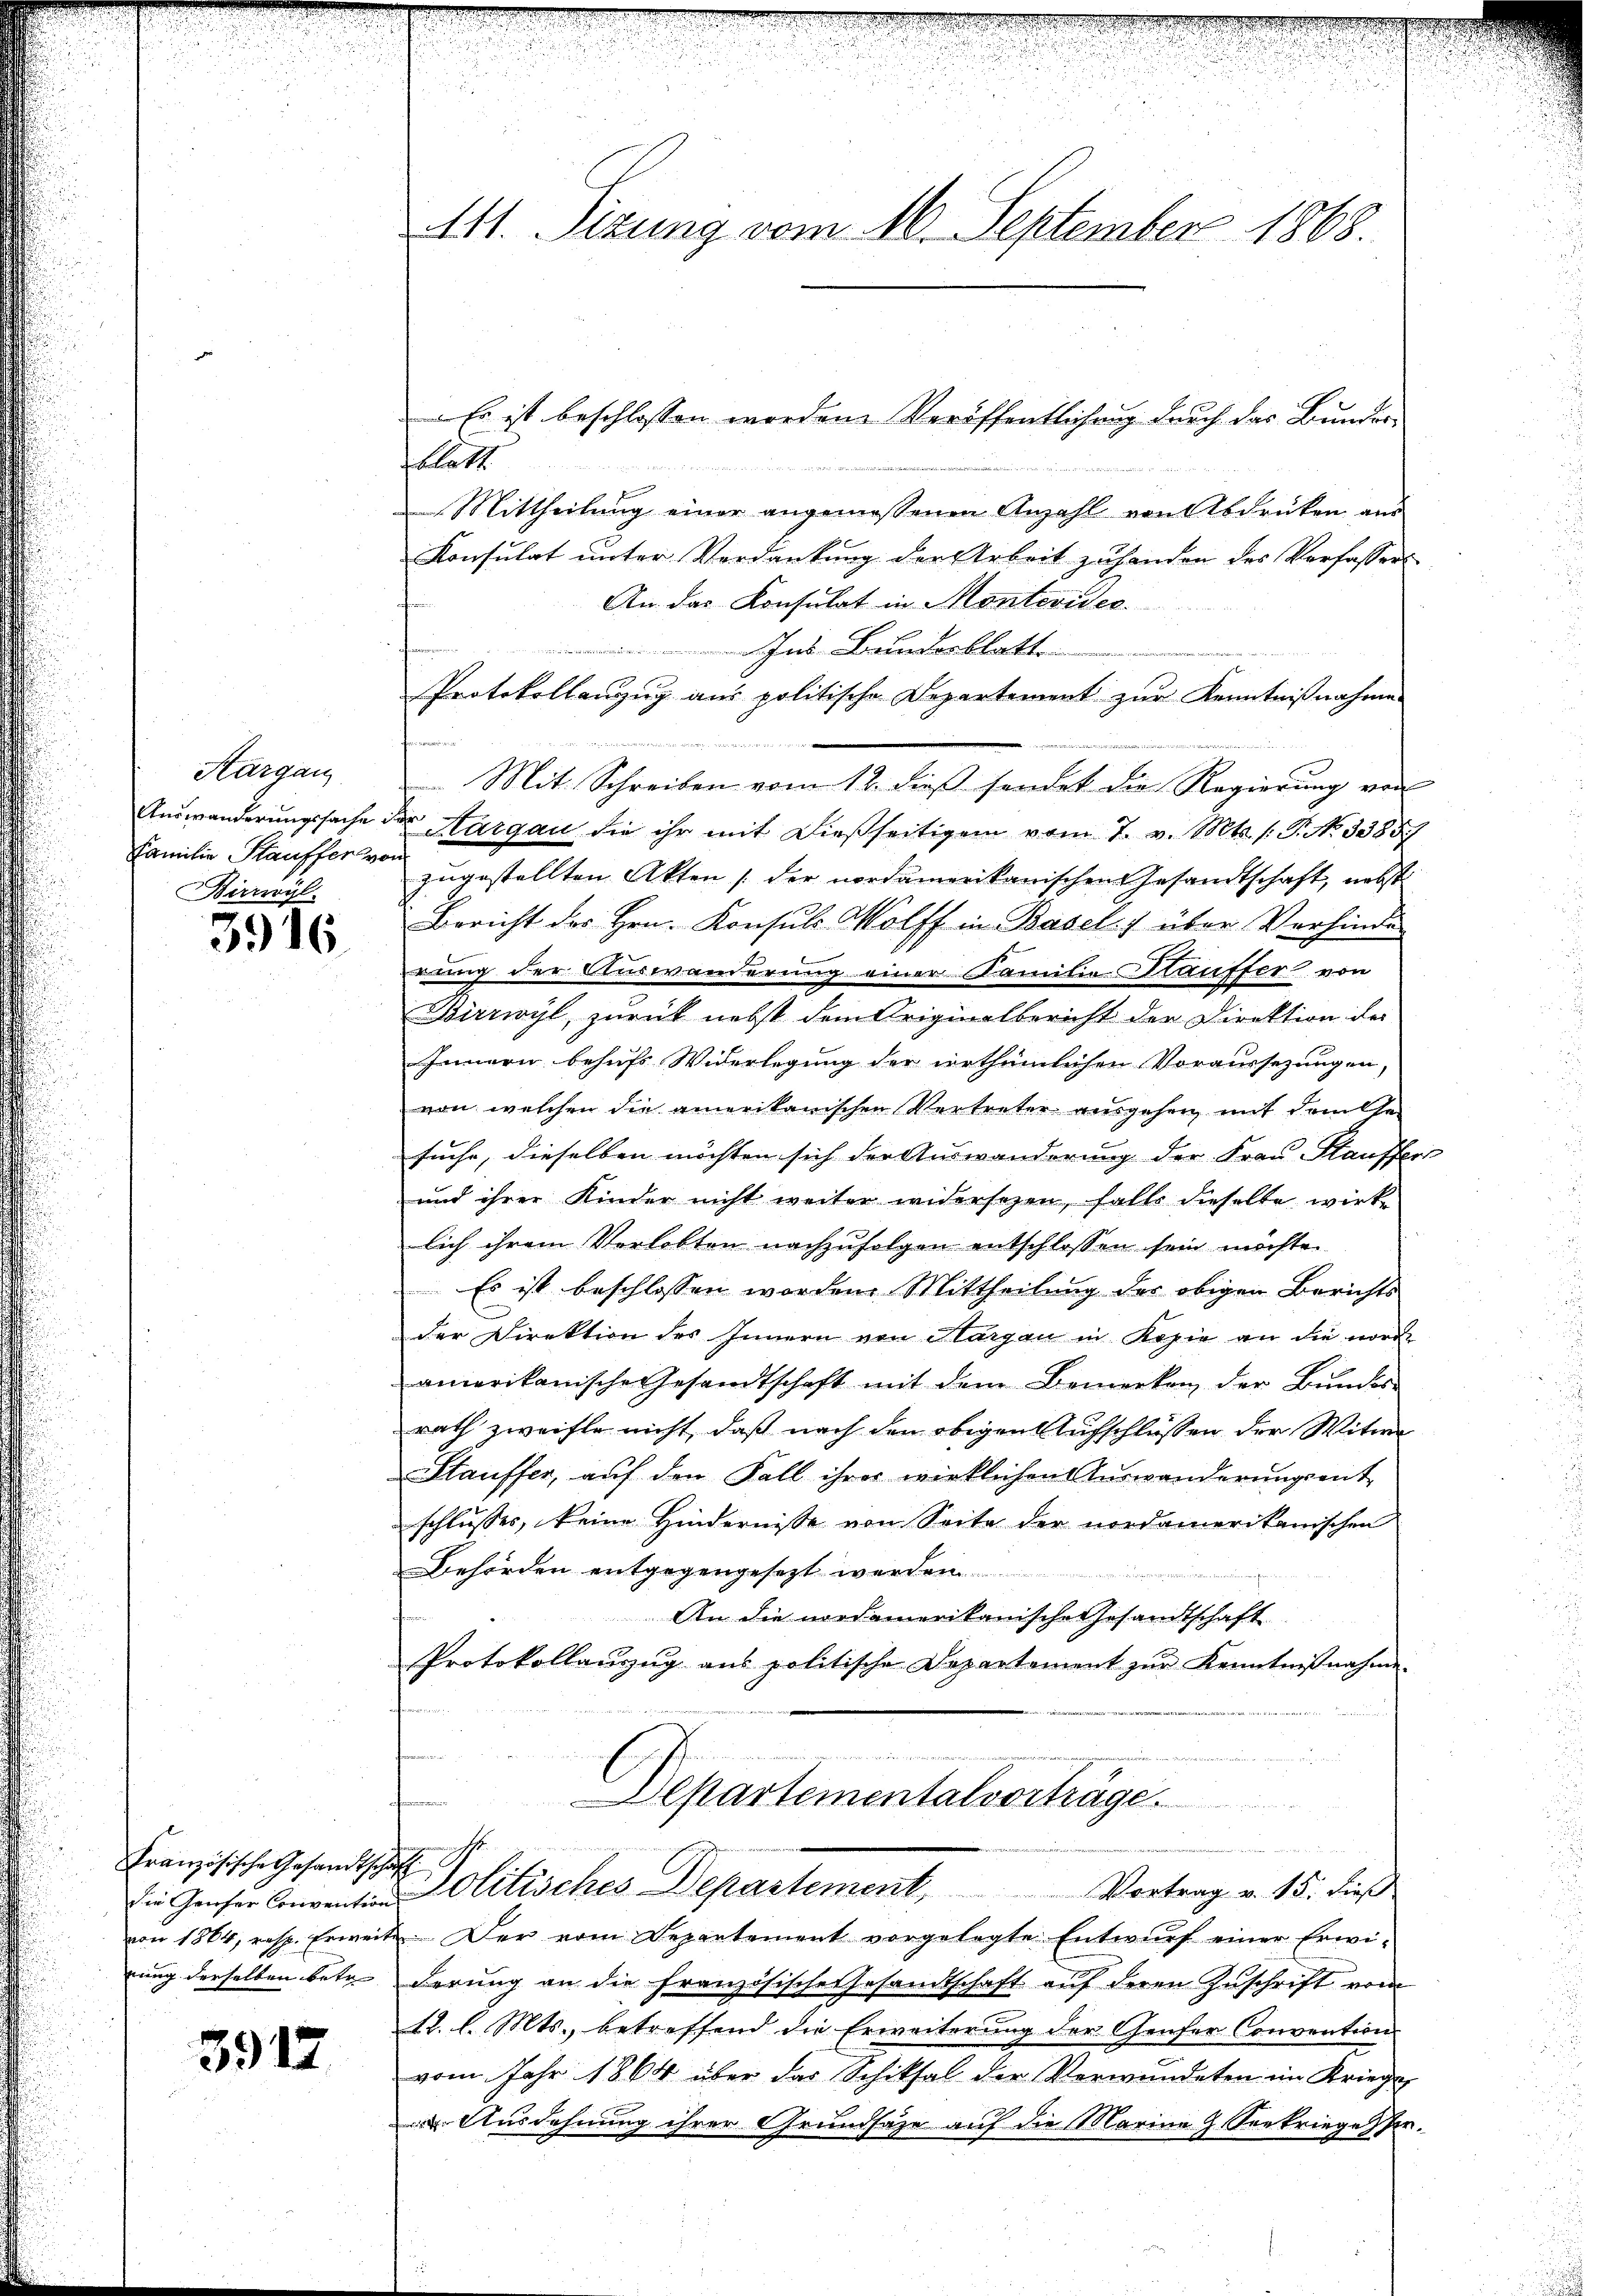
Kargau
Familie Kauffer von
Birriyl.

3916

Französische Gesandtschaft
von 1864, resp. Erweit
rung derselben betr.

3917

111. Sizung vom 16. September 1868.

blatt

Mittheilŭng einer angemessenen Anzahl von Abdrüken aŭs
Konsulat unter Verdankung der Arbeit zu handen des Verfasser
An das Konsulat in Montevides.
ns Bundesblatt.
Protokollanzug aus politische Departement zur Kenntnißnahme
conomin
 Mit Schreiben vom 12. dieß sendet die Regierung von
Auswanderungssache der Margau, die ihr mit dießseitigen vom 7. v. Mts. /: P. No 3385
zugestellten Akten (der nordamerikanischen Gesandtschaft, nebst
Bericht des Hrn. Konsuls Wolff in Basel:/ über Verhinde
rung der Auswanderung einer Familie Kauffer von
Birrwyl, zurück nebst dem Originalbericht der Direktion der
Innern behufs Widerlegung der erthümlichen Voraussezungen,
von welchen die amerikanischen Vertreter ausgehen mit dem Gesuche, dieselben möchten sich der Auswanderung der Frau Stauffer
und ihrer Kinder nicht weiter widersetzen, falls dieselbe wirke
lich ihrem Verlobten nachzufolgen entschlossen sein möchte.
Es ist beschlossen worden. Mittheilung der obigen Berichts
.
der Direktion des Innern von Margau in Kopie an die nord-
amerikanische Gesandtschaft mit dem Bemerken der Bŭndes-
rath zweifle nicht, daß nach den obigen Aufschlüssen der Witwe
Stauffer, auf den Fall ihrer wirklichen Auswanderungsent-
schlusses, keine Hindernisse von Seite der nordamerikanischen
Behörden entgegengesezt werden
An die nordamerikanische Gesandtschaft
Protokollauszug aus politische Departement zur Kenntnißnahme.
.
Departementalvorträge.
ie Hauser Conventin Politisches Departement, Vortrag v. 15. dieß
. Der vom Departement vorgelegte Entwurf einer Erwi-
derung an die französische Gesandtschaft auf deren Zuschrift vom
12. l. Mts., betreffend die Erweiterung der Genfer Convention
vom Jahr 1864 über das Schiksal der Verwundeten im Kriege
Ausdehnung ihrer Grundsaze auf die Marina 9. Seekriege Per¬

Es ist beschlossen worden. Veröffentlichung durch das Bundes-